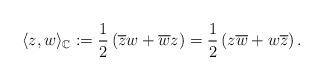
LaTeX: \begin{align*}\langle z , w \rangle_{\mathbb C}:= \frac{1}{2}\left( \overline z w + \overline w z \right)=\frac{1}{2}\left( z \overline w + w \overline z \right).\end{align*}